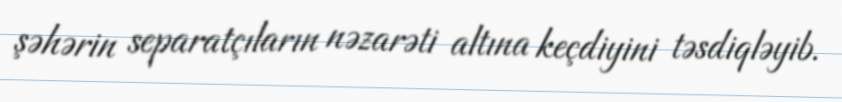
şəhərin separatçıların nəzarəti altına keçdiyini təsdiqləyib.